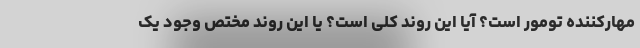
مهارکننده تومور است؟ آیا این روند کلی است؟ یا این روند مختص وجود یک